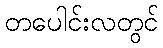
တပေါင်းလတွင်